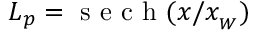
L _ { p } = \textmd { s e c h } ( x / x _ { _ W } )